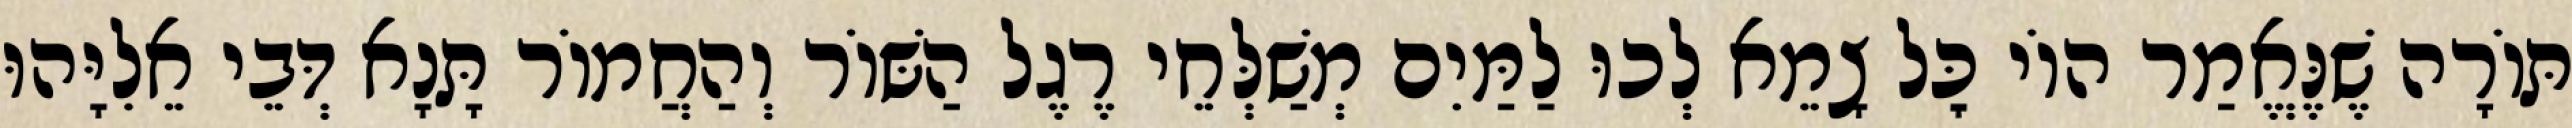
תּוֹרָה שֶׁנֶּאֱמַר הוֹי כׇּל צָמֵא לְכוּ לַמַּיִם מְשַׁלְּחֵי רֶגֶל הַשּׁוֹר וְהַחֲמוֹר תָּנָא דְּבֵי אֵלִיָּהוּ